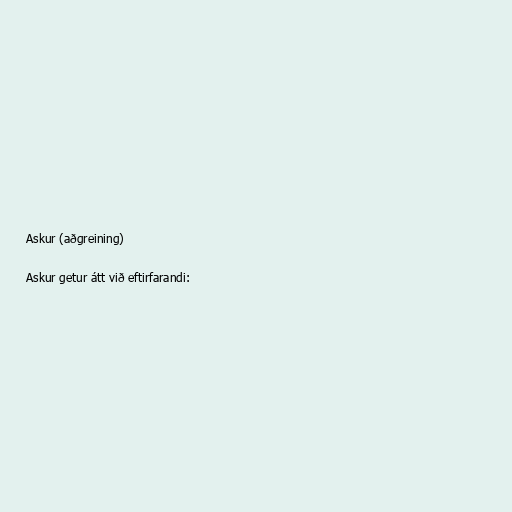
Askur (aðgreining)

Askur getur átt við eftirfarandi: